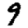
Digit: 9